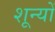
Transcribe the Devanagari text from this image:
शून्यों